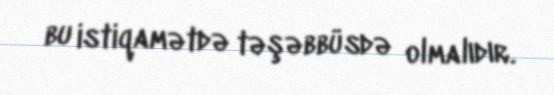
bu istiqamətdə təşəbbüsdə olmalıdır.